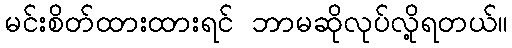
မင်းစိတ်ထားထားရင် ဘာမဆိုလုပ်လို့ရတယ်။